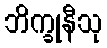
ဘိက္ခုနီသု